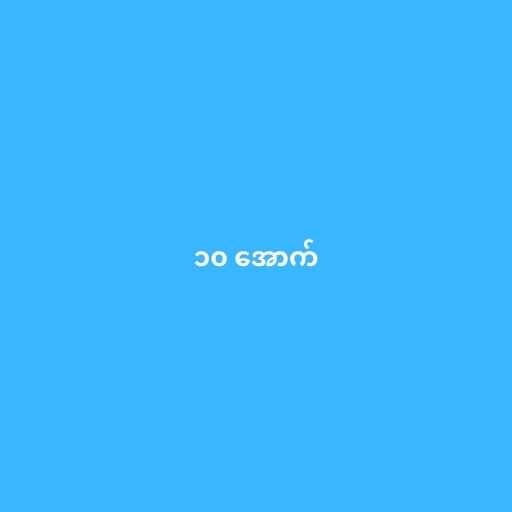
၁၀ အောက်